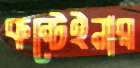
কন্টেইনার